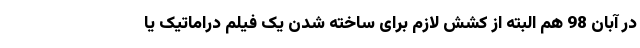
در آبان 98 هم البته از کشش لازم برای ساخته شدن یک فیلم دراماتیک یا